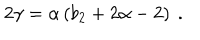
2 \gamma = \alpha \left( b _ { 2 } + 2 \alpha - 2 \right) \ .